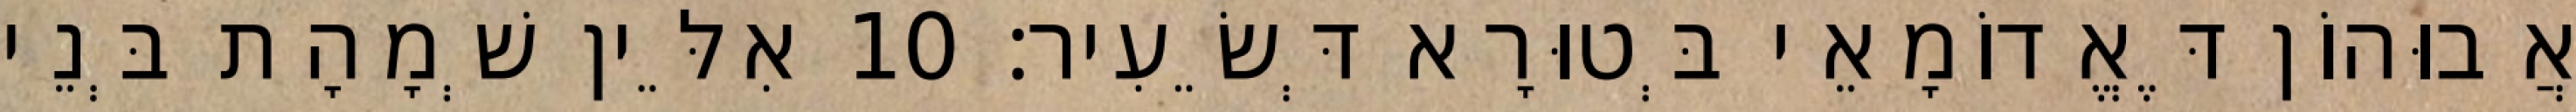
אֲבוּהוֹן דֶּאֱדוֹמָאֵי בְּטוּרָא דְּשֵׂעִיר׃ 10 אִלֵּין שְׁמָהָת בְּנֵי